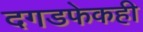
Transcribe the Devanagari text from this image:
दगडफेकही